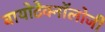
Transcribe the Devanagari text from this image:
बायोटेक्नॉलोजी